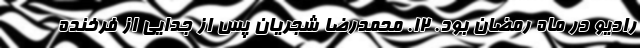
رادیو در ماه رمضان بود. ۱۲. محمدرضا شجریان پس از جدایی از فرخنده